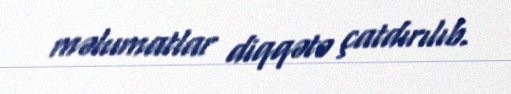
məlumatlar diqqətə çatdırılıb.